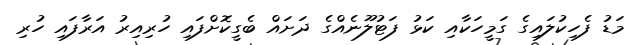
މަޑު ފެހިކުލައިގެ ގަމީހަކާއި ކަޅު ފަޓުލޫނެއްގެ ދަށައް ބެގީކޮށްފައި ހުރިއިރު އަރާފައި ހުރި